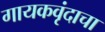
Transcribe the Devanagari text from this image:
गायकवृंदाचा